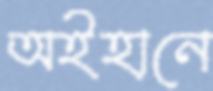
অইহানে